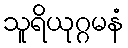
သူရိယုဂ္ဂမနံ